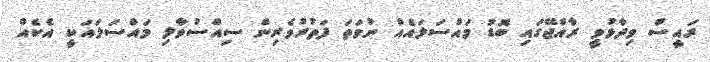
ރައީސް ވިދާޅުވީ ރާއްޖޭގައި ބޮޑު މައްސަލައެއް ނުވަތަ ފަތުރުވެރިން ސިއްސުވާލި މައްސަލައަކީ އެކެއް